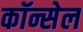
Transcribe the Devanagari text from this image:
कॉन्सेल